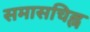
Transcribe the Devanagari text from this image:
समासचिह्न